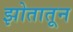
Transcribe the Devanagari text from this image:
झोतातून